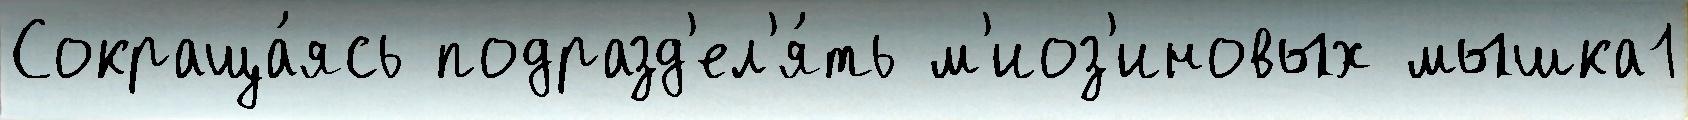
Сокраща́ясь подразд'ел'я́ть м'иоз'иновых мышка1